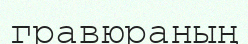
гравюраның